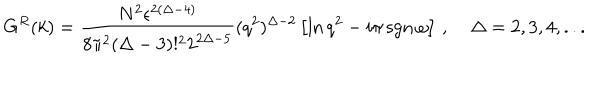
G ^ { R } ( k ) = { \frac { N ^ { 2 } \epsilon ^ { 2 ( \Delta - 4 ) } } { 8 \pi ^ { 2 } ( \Delta - 3 ) ! ^ { 2 } 2 ^ { 2 \Delta - 5 } } } ( q ^ { 2 } ) ^ { \Delta - 2 } \left[ \ln { q ^ { 2 } } - i \pi \, \mathrm { s g n } \, \omega \right] \, , \; \Delta = 2 , 3 , 4 , . . .